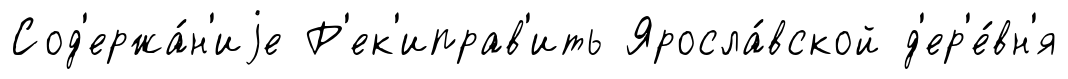
Сод'ержа́н'иjе Р'ек'иправ'ить Яросла́вской д'ер'е́вн'я